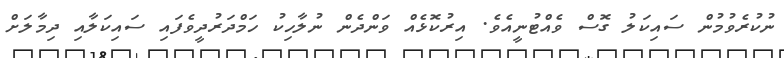
ނުކުރެވުމުން ސައިކަލު ގޮސް ވެއްޓުނީއެވެ. އިރުކޮޅެއް ވަންދެން ނުލާހިކު ހަމްދަރުދީވެފައި ސައިކަލާއި ދިމާލަށް